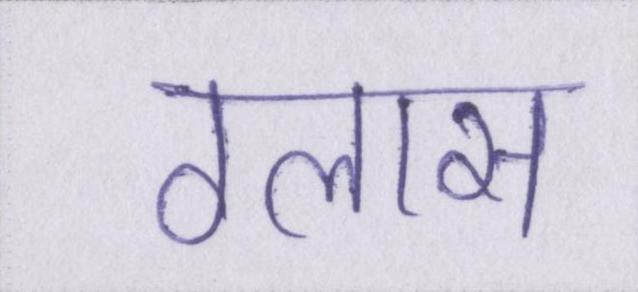
ग्लास